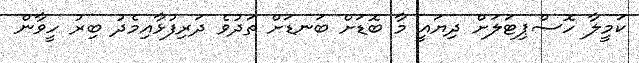
ކަމީލާ ހޮސްޕިޓަލަށް ދިޔައީ މާ ބޮޑަށް ބަނޑަށް ތަދުވެ ދަރިފުޅާއިމެދު ބިރު ހީވާން